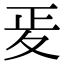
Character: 𭐠